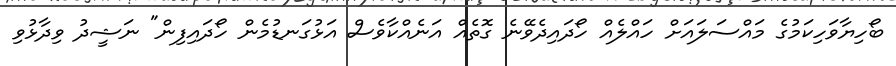
ބޯހިޔާވަހިކަމުގެ މައްސަލައަށް ހައްލެއް ހޯދައިދެވޭނެ ގޮތެއް އަނެއްކާވެސް އަޅުގަނޑުމެން ހޯދައިފިން" ނަޝީދު ވިދާޅުވި